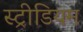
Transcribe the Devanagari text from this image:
स्ट्रीडियम